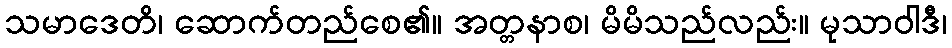
သမာဒေတိ၊ ဆောက်တည်စေ၏။ အတ္တနာစ၊ မိမိသည်လည်း။ မုသာဝါဒီ၊